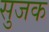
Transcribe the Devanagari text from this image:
सुजक